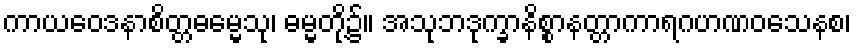
ကာယဝေဒနာစိတ္တဓမ္မေသု၊ ဓမ္မတို့၌။ အသုဘဒုက္ခာနိစ္စာနတ္တာကာရဂဟဏဝသေနစ၊